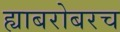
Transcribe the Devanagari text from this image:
ह्याबरोबरच